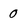
Character: 0